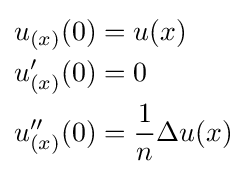
{\begin{aligned}u_{(x)}(0)&=u(x)\\u_{(x)}'(0)&=0\\u_{(x)}''(0)&={\frac {1}{n}}\Delta u(x)\end{aligned}}